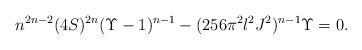
LaTeX: \begin{align*}n^{2n-2}(4S)^{2n}(\Upsilon -1)^{n-1}-(256\pi^2l^2J^2)^{n-1}\Upsilon =0. \end{align*}